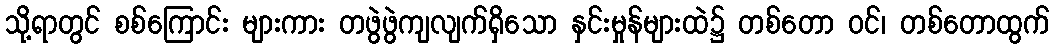
သို့ရာတွင် စစ်ကြောင်း များကား တဖွဲဖွဲကျလျက်ရှိသော နှင်းမှုန်များထဲ၌ တစ်တော ဝင်၊ တစ်တောထွက်